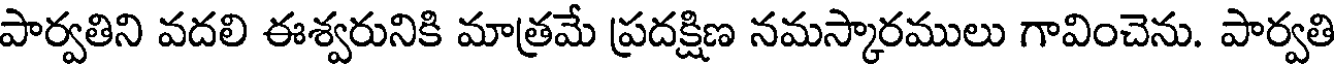
పార్వతిని వదలి ఈశ్వరునికి మాత్రమే ప్రదక్షిణ నమస్కారములు గావించెను. పార్వతి